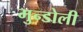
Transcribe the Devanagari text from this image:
मुन्डोली